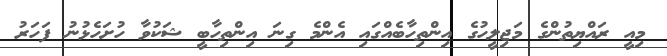
މިއީ ރައްޔިތުންގެ މަޖިލީހުގެ އިންތިހާބެއްގައި އެންމެ ގިނަ އިންތިހާބީ ޝަކުވާ ހުށަހެޅުނު ފަހަރު